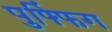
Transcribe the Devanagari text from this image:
पुफ्फिंग